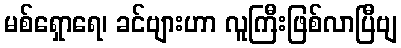
မစ်ရှောရေ၊ ခင်ဗျားဟာ လူကြီးဖြစ်လာပြီဗျ